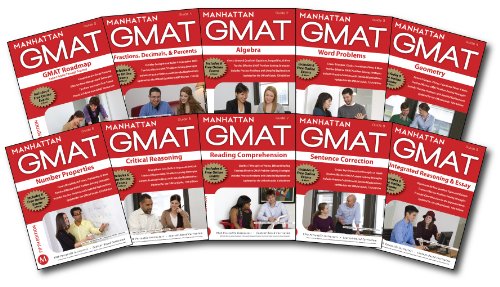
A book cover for Manhattan GMAT Complete Strategy Guide Set, 5th Edition [Pack of 10] (Manhattan Gmat Strategy Guides: Instructional Guide); Manhattan GMAT; Test Preparation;